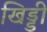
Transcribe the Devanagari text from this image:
खिड्डी